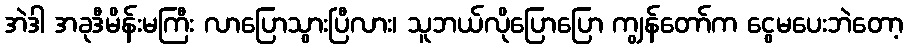
အဲဒါ အခုဒီမိန်းမကြီး လာပြောသွားပြီလား၊ သူဘယ်လိုပြောပြော ကျွန်တော်က ငွေမပေးဘဲတော့